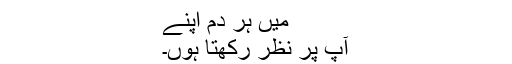
میں ہر دم اپنے
آپ پر نظر رکھتا ہوں۔